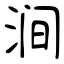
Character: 涧